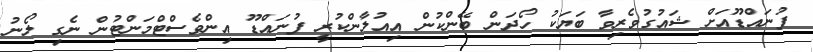
ފުނައްޑޫއަށް ޝައުގުވެރިވާ ބަޔަކު ހޯދަން ބޭންކުން އިއުލާންކުރީ ފުނައްޑޫ އިންވެސްޓްމަންޓުން ނެގި ލޯނު